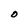
Character: O